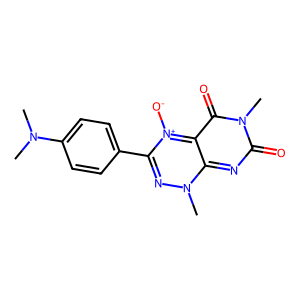
SMILES: CN(C)c1ccc(-c2nn(C)c3nc(=O)n(C)c(=O)c-3[n+]2[O-])cc1
Inhibits HIV replication: No